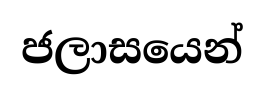
ජලාසයෙන්